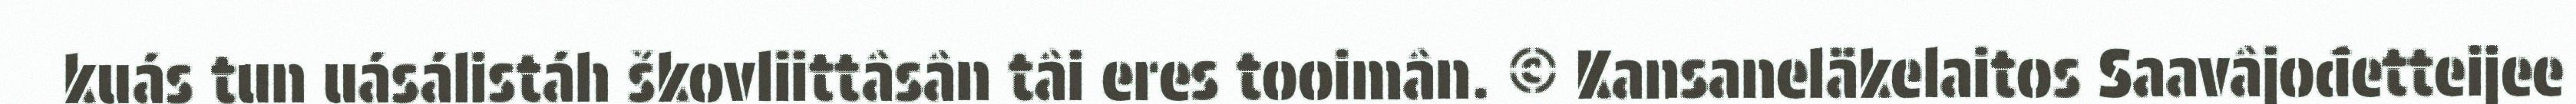
kuás tun uásálistáh škovliittâsân tâi eres tooimân. © Kansaneläkelaitos Saavâjođetteijee